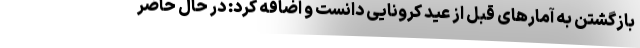
بازگشتن به آمارهای قبل از عید کرونایی دانست و اضافه کرد: در حال حاضر